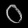
Digit: ၀